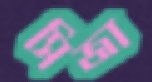
সিজা